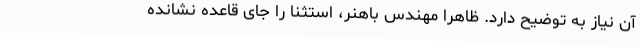
آن نیاز به توضیح دارد. ظاهراً مهندس باهنر، استثنا را جای قاعده نشانده